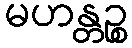
မဟန္တဉ္စ